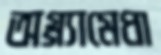
অগ্গ্যামেধা